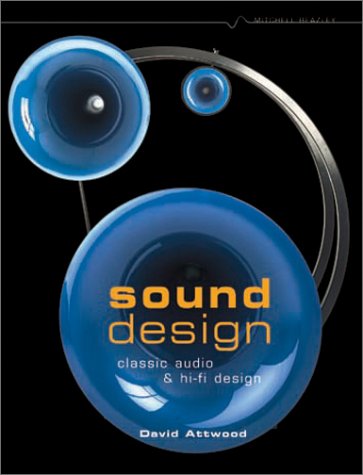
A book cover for Sound Design: Classic Audio and Hi-Fi Design; David Attwood; Crafts, Hobbies & Home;